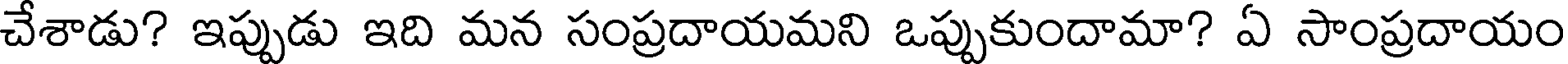
చేశాడు? ఇప్పుడు ఇది మన సంప్రదాయమని ఒప్పుకుందామా? ఏ సాంప్రదాయం